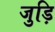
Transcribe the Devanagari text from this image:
जुड़ि